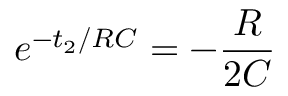
e ^ { - t _ { 2 } / R C } = - \frac { R } { 2 C }